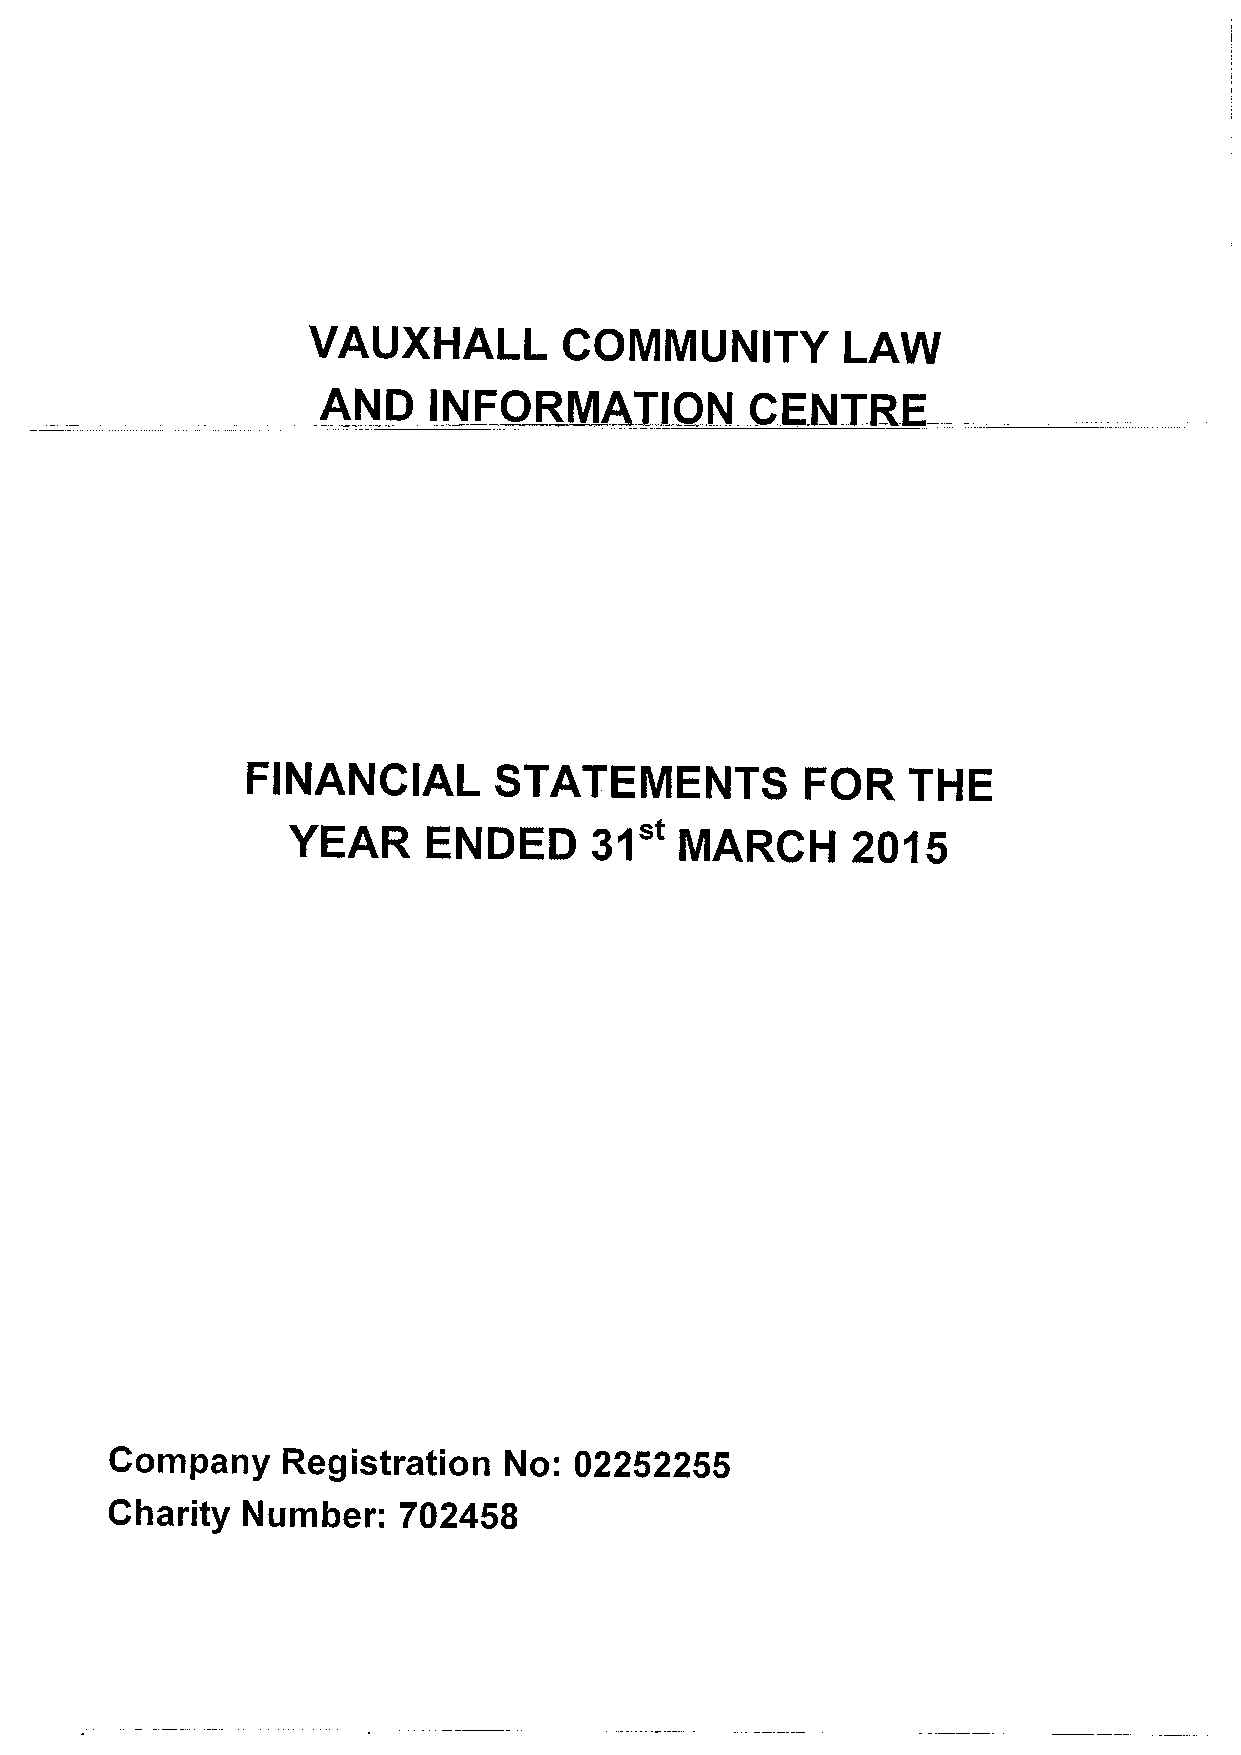
VAUXHALL         COMMUNITY          LAW
 AND    INFORMATION           CEblTRE
 FINANCIAL        STATEMENTS          FOR    THE
 31"
 YEAR     ENDED            MARCH      2015
 Company     Registration  No:  02252255
 Charity  Number:   702458